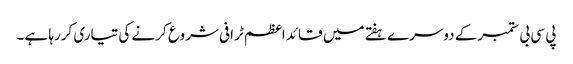
پی سی بی ستمبر کے دوسرے ہفتے میں قائد اعظم ٹرافی شروع کرنے کی تیاری کررہا ہے۔